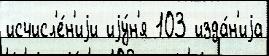
исчисл'е́н'иjи иjу́н'я 103 изда́н'иjа